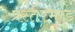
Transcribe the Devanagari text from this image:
प्रस्तरभांड